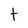
Character: t